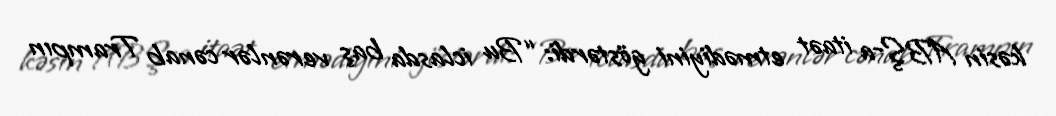
kəsin ABŞ-a itaət etmədiyini göstərdi: “Bu iclasda baş verənlər cənab Trampın